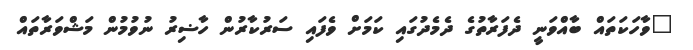
"ވާހަކަތައް ބާއްވަނީ ދެފަރާތުގެ ދެމެދުގައި ކަމަށް ވެފައި ސަރުކާރުން ހާޟިރު ނުވުމުން މަޝްވަރާތައް